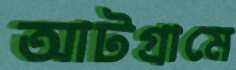
আটগ্রামে